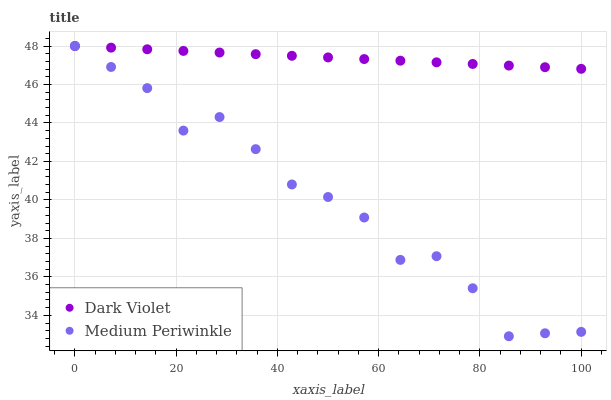
| xaxis_label | Dark Violet | Medium Periwinkle |
 | --- | --- | --- |
 | 0 | 48 | 48 |
 | 7.14 | 47.9 | 46.9 |
 | 14.3 | 47.8 | 45.8 |
 | 21.4 | 47.7 | 43.6 |
 | 28.6 | 47.7 | 44.3 |
 | 35.7 | 47.6 | 42.6 |
 | 42.9 | 47.5 | 40.8 |
 | 50 | 47.4 | 40.2 |
 | 57.1 | 47.3 | 39.1 |
 | 64.3 | 47.2 | 36.9 |
 | 71.4 | 47.2 | 37.1 |
 | 78.6 | 47.1 | 35.4 |
 | 85.7 | 47 | 32.9 |
 | 92.9 | 46.9 | 33.1 |
 | 100 | 46.8 | 33.1 |